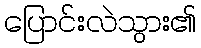
ပြောင်းလဲသွား၏